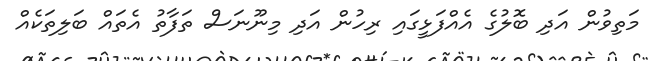
މަތިވުން އަދި ބޮލުގެ އެއްފަޅީގައި ރިހުން އަދި މިނޫނަސް ތަފާތު އެތައް ބަލިތަކެއް